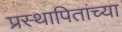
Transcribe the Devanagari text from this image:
प्रस्थापितांच्या